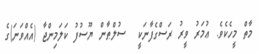
މާތް މީހެކެވެ. ޢުމަރު ވީރު ރަސްގެފާނަކީ  ސުލްޠާން ޔޫސުފު ކަލަމިންޖާ (އެއްވަނަ)ގެ